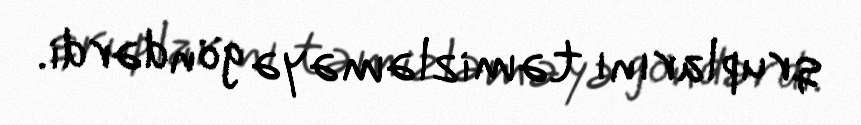
qruplarını təmizləməyə göndərdi.